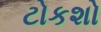
ટોકશો